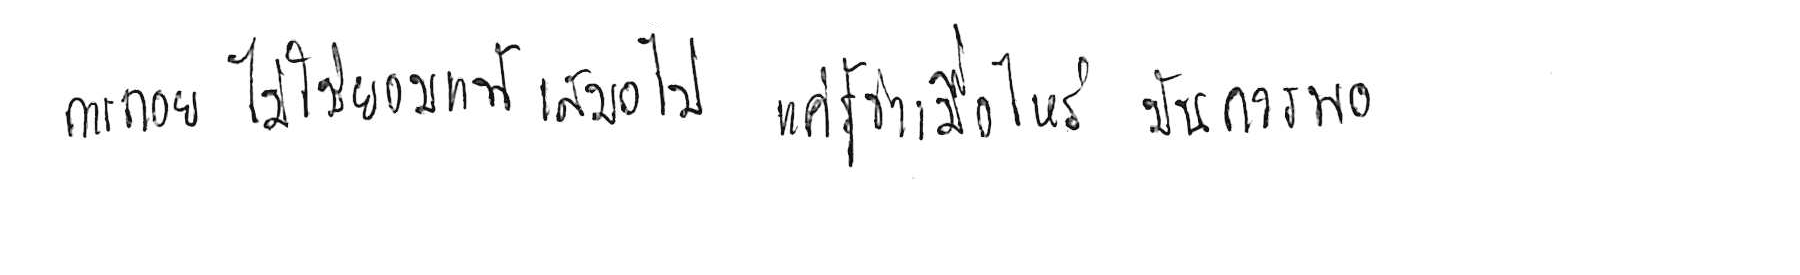
การถอย ไม่ใช่ยอมแพ้ เสมอไป แค่รู้ว่าเมื่อไหร่ มันควรพอ